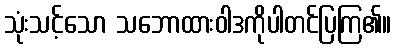
သုံးသင့်သော သဘောထားဝါဒကိုပါတင်ပြကြ၏။